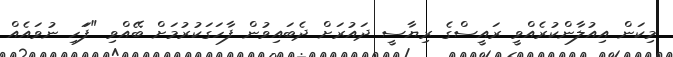
މިކަން އިއުލާންކުރެއްވީ ރައީސްގެ ރިޔާސީ ދައުރަށް ދެބައިވުން ފާހަގަކުރުމަށް ބޭއްވި "ފަަހި ނުވައެއް